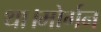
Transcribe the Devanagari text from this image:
था।मोर्गन